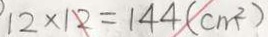
1 2 \times 1 2 = 1 4 4 ( c m ^ { 2 } )